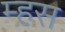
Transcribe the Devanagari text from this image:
म्हस